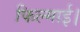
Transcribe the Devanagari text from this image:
फिल्माई।